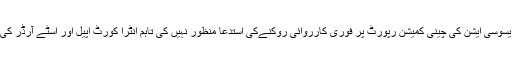
عدالت عالیہ نے اپنے فیصلے میں شوگرملز ایسوسی ایشن کی چینی کمیشن رپورٹ پر فوری کارروائی روکنےکی استدعا منظور نہیں کی تاہم انٹرا کورٹ اپیل اور اسٹے آرڈر کی درخواست پر وفاق کو نوٹسز جاری کردیے۔